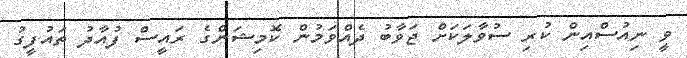
ވީ ނިއުސްއިން ކުރި ސުވާލަކަށް ޖަވާބު ދެއްވަމުން ކޮމިޝަންގެ ރައީސް ފުއާދު ތައުފީގު